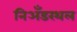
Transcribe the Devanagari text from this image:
निअँडरथल